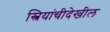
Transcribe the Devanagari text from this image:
स्त्रियांचीदेखील